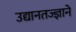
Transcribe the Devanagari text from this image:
उद्यानतज्ज्ञाने